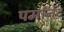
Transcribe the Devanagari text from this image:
पर्मानेंट